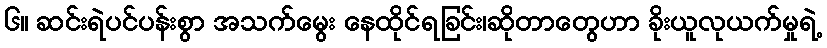
၆။ ဆင်းရဲပင်ပန်းစွာ အသက်မွေး နေထိုင်ရခြင်း၊ဆိုတာတွေဟာ ခိုးယူလုယက်မှုရဲ့